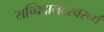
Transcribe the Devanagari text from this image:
सच्चिदानंदस्वरूपं